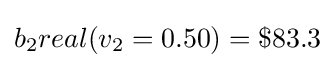
b_{2}real(v_{2}=0.50)=\$83.3